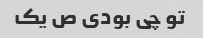
تو چی بودی ص یک